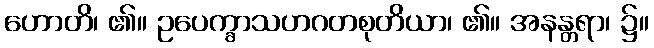
ဟောတိ၊ ၏။ ဥပေက္ခာသဟဂတစုတိယာ၊ ၏။ အနန္တရာ၊ ၌။